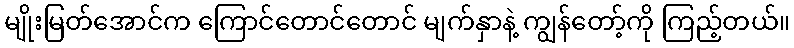
မျိုးမြတ်အောင်က ကြောင်တောင်တောင် မျက်နှာနဲ့ ကျွန်တော့်ကို ကြည့်တယ်။